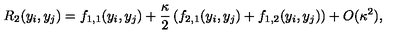
R _ { 2 } ( y _ { i } , y _ { j } ) = f _ { 1 , 1 } ( y _ { i } , y _ { j } ) + { \frac { \kappa } { 2 } } \left( f _ { 2 , 1 } ( y _ { i } , y _ { j } ) + f _ { 1 , 2 } ( y _ { i } , y _ { j } ) \right) + O ( \kappa ^ { 2 } ) ,